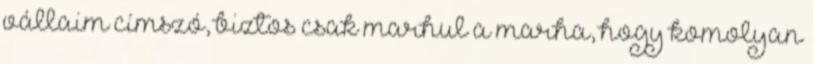
vállaim címszó, biztos csak marhul a marha, hogy komolyan